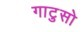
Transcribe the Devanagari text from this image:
गाटुसो